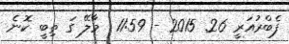
ފެބްރުއަރީ 26